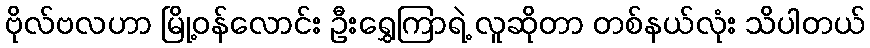
ဗိုလ်ဗလဟာ မြို့ဝန်လောင်း ဦးရွှေကြာရဲ့ လူဆိုတာ တစ်နယ်လုံး သိပါတယ်